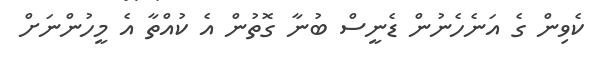
ކެވިން ގެ އަނެހެނުން ޑެނީސް ބުނާ ގޮތުން އެ ކުއްތާ އެ މީހުންނަށް